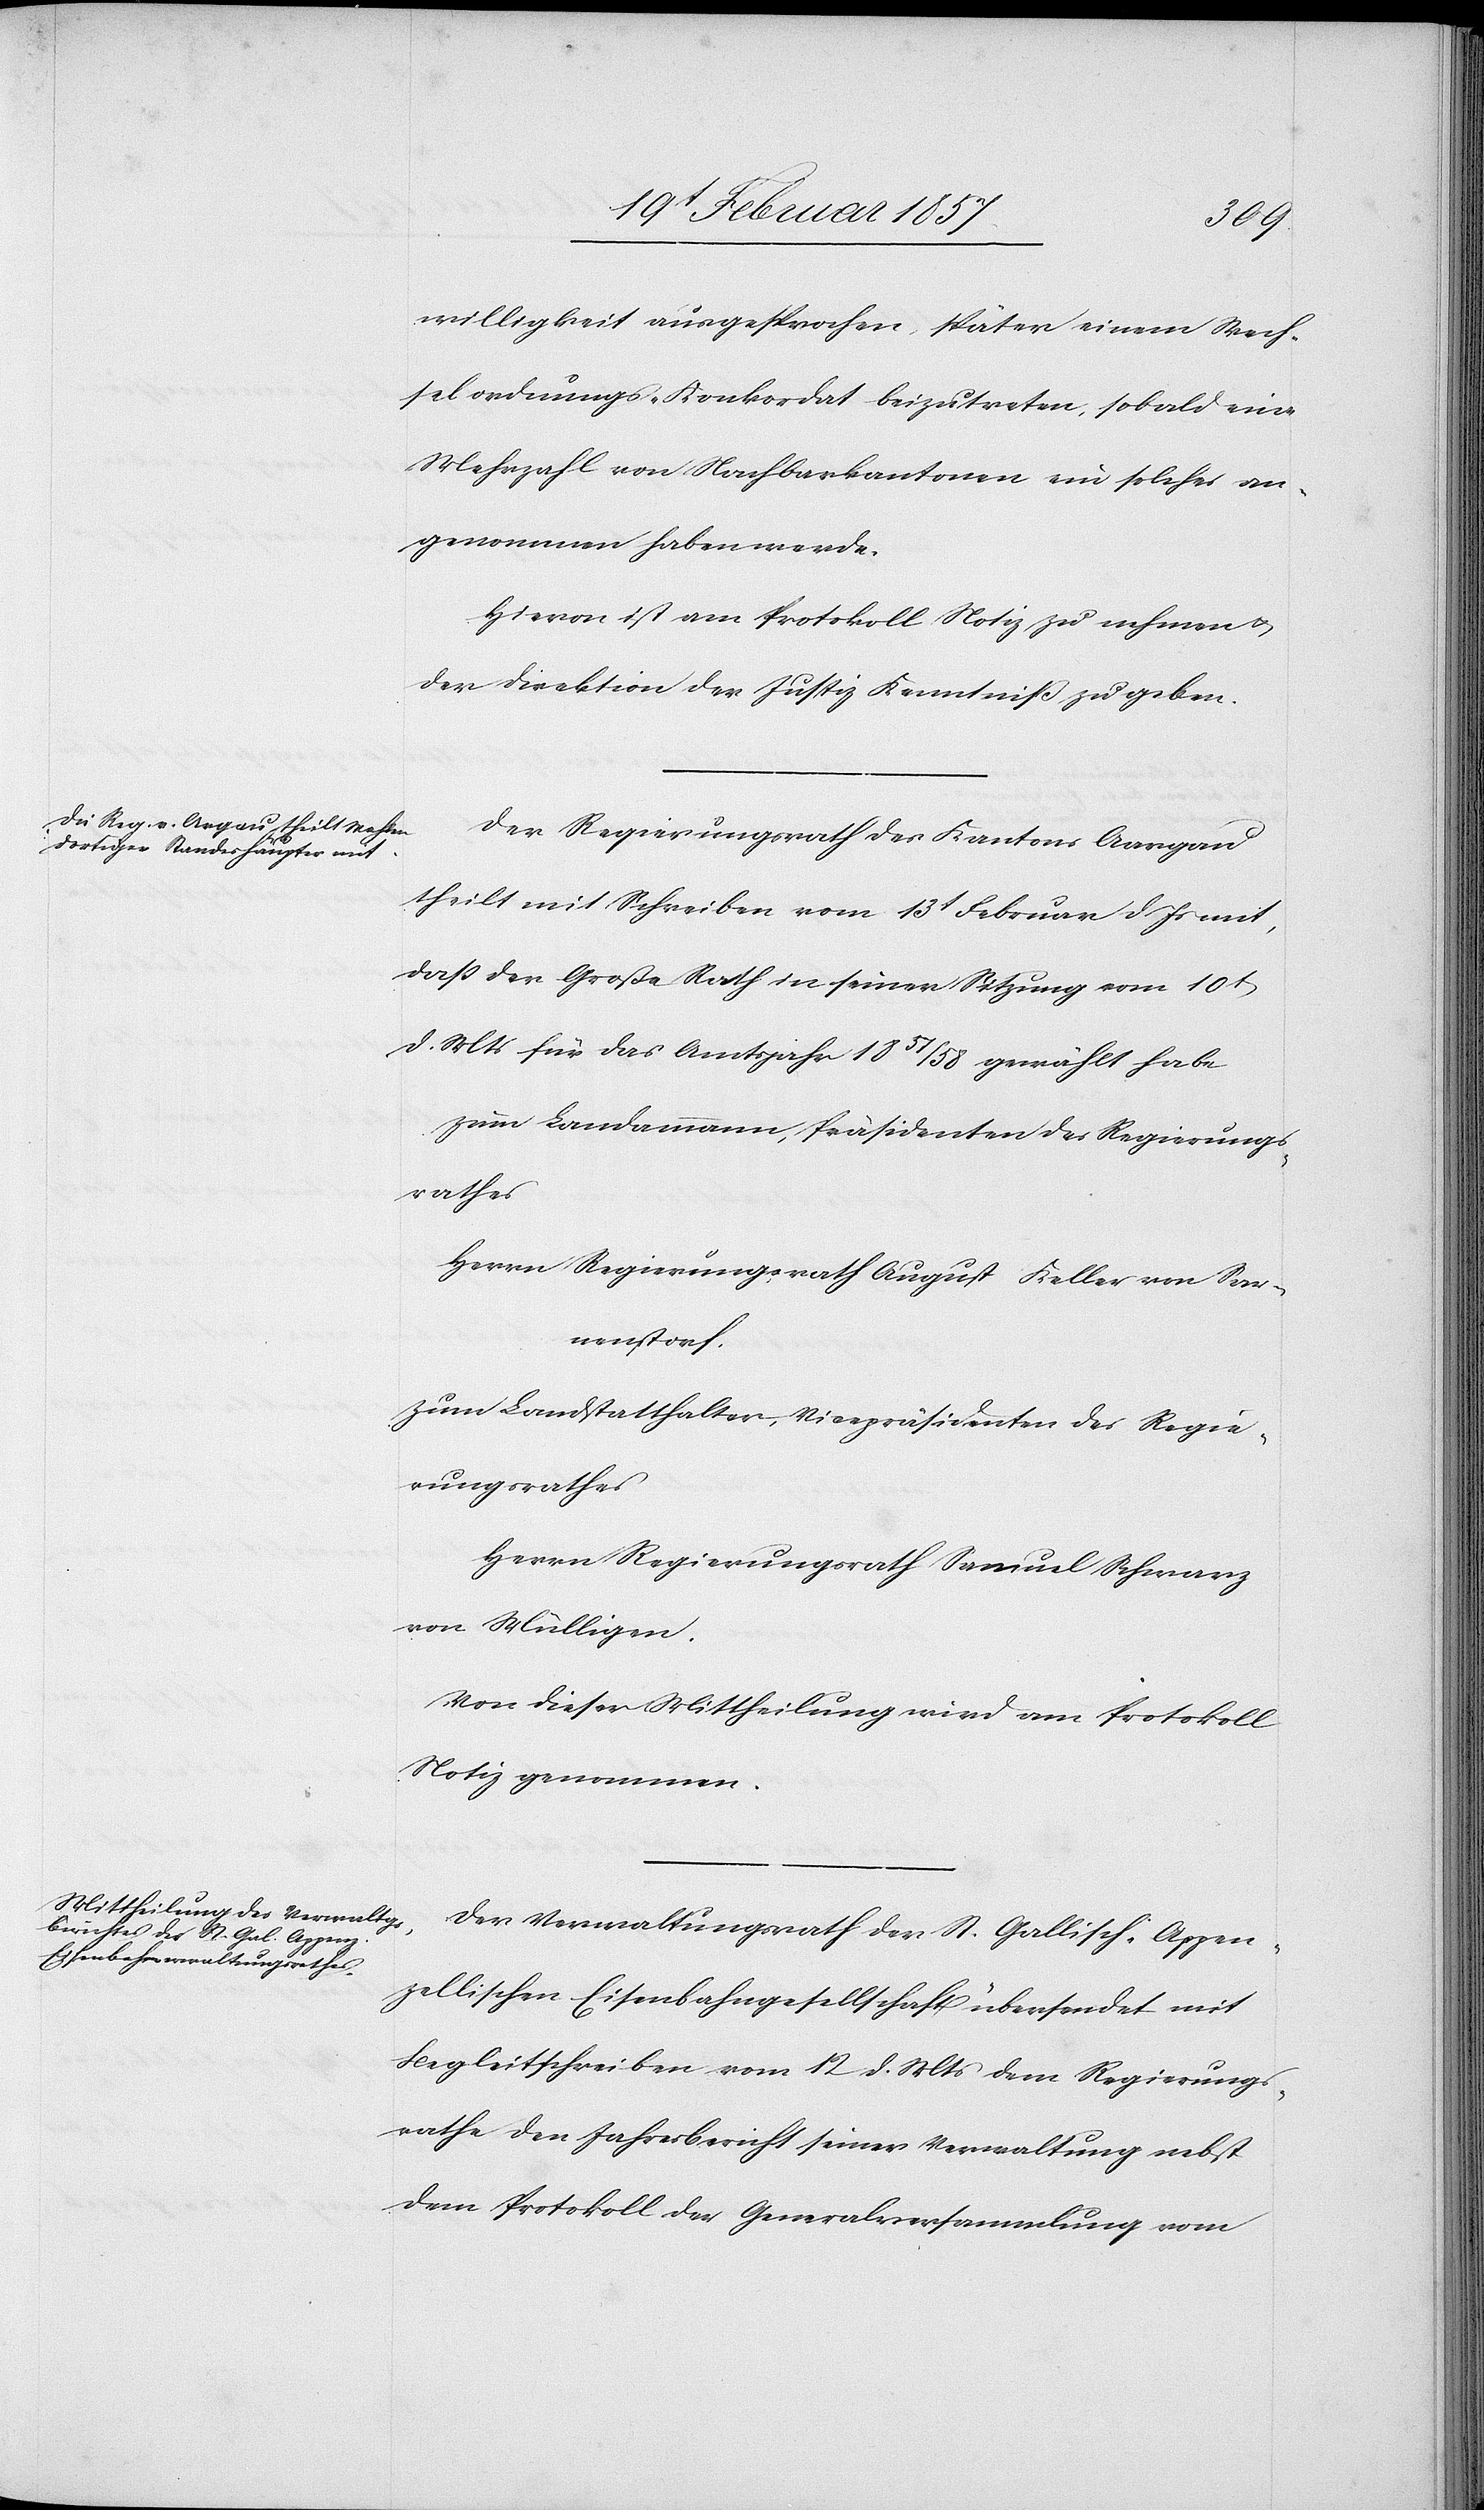
willigkeit ausgesprochen, später einem Wech¬
selordnungs-Konkordat beizutreten, sobald eine
Mehrzahl von Nachbarkantonen ein solches an¬
genommen haben werde.
Hievon ist am Protokoll Notiz zu nehmen u.
der Direktion der Justiz Kenntniß zu geben.
Der Regierungsrath des Kantons Aargau
theilt mit Schreiben vom 13t Februar d. Js mit,
daß der Große Rath in seiner Sitzung vom 10t
d. Mts für das Amtsjahr 1857/58 gewählt habe
zum Landammann, Präsidenten des Regierungs¬
rathes
Herrn Regierungsrath August Keller von Sar¬
nenstorf
zum Landstatthalter, Vicepräsidenten des Regie¬
rungsrathes
Herrn Regierungsrath Samuel Schwarz
von Mülligen.
Von dieser Mittheilung wird am Protokoll
Notiz genommen.
Der Verwaltungsrath der St. Gallisch-Appen¬
zellischen Eisenbahngesellschaft übersendet mit
Begleitschreiben vom 12 d. Mts dem Regierungs¬
rathe den Jahresbericht seiner Verwaltung nebst
dem Protokoll der Generalversammlung vom